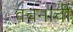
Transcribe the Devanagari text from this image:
वचनाची